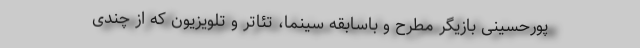
پورحسینی بازیگر مطرح و باسابقه سینما، تئاتر و تلویزیون که از چندی